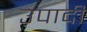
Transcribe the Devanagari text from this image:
उपादी